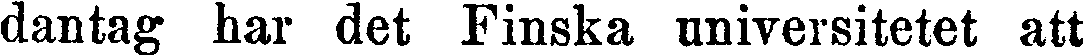
dantag har det Finska universitetet att